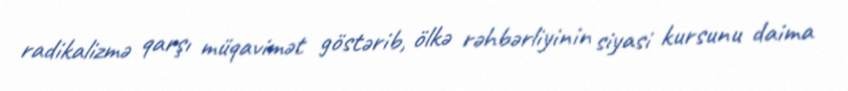
radikalizmə qarşı müqavimət göstərib, ölkə rəhbərliyinin siyasi kursunu daima